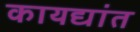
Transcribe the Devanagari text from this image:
कायद्यांत